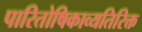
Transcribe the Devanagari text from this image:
पारितोषिकाव्यतिरिक्त